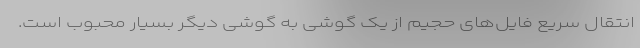
انتقال سریع فایل‌های حجیم از یک گوشی به گوشی دیگر بسیار محبوب است.